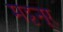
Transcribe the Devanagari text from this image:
मट्टनूर